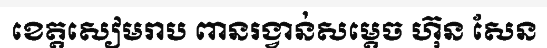
ខេត្តសៀមរាប ពានរង្វាន់សម្តេច ហ៊ុន សែន